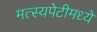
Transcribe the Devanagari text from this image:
मत्स्यपेटीमध्ये